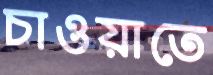
চাওয়াতে